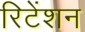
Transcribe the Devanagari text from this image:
रिटेंशन